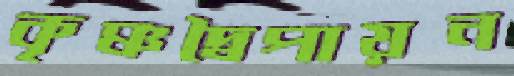
কৃষ্ণদ্বৈপায়ন